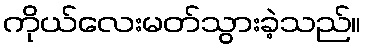
ကိုယ်လေးမတ်သွားခဲ့သည်။